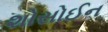
શોસોઈન